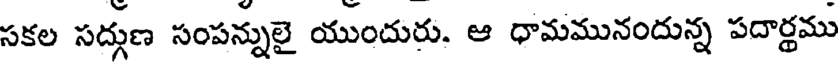
సకల సద్గుణ సంపన్నులై యుందురు. ఆ ధామమునందున్న పదార్థము